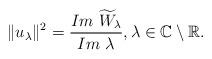
LaTeX: \begin{align*}\|u_\lambda\|^2=\frac{Im \ \widetilde{W}_\lambda}{Im \ \lambda},\lambda\in\mathbb{C}\setminus\mathbb{R}.\end{align*}